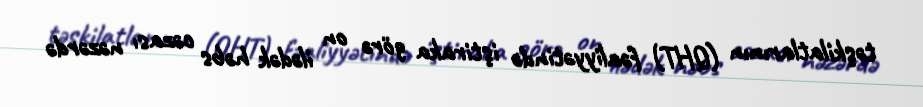
təşkilatlarının (QHT) fəaliyyətində iştiraka görə on ilədək həbs cəzası nəzərdə